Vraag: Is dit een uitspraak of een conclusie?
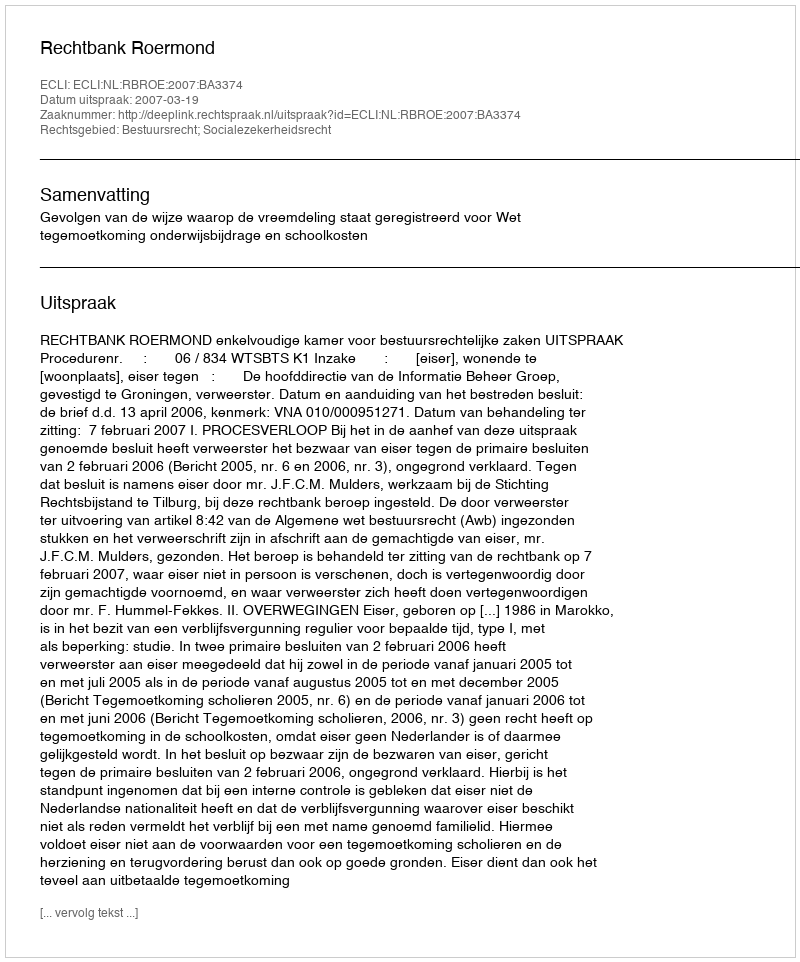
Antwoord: Uitspraak